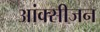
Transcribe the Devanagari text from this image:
आंक्सीजन